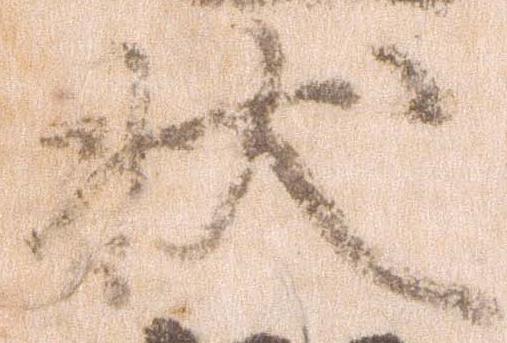
状